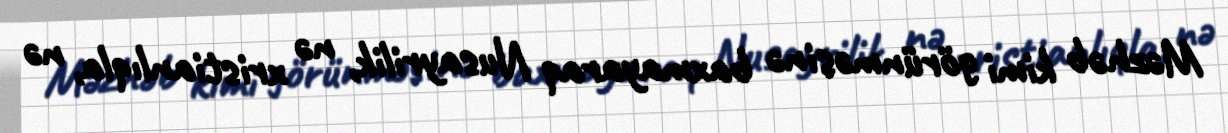
Məzhəb kimi görünməsinə baxmayaraq Nusayrilik, nə xristianlıqla, nə